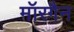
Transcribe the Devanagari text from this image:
मॉरगैन